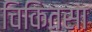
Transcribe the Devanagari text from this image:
चिकितसा